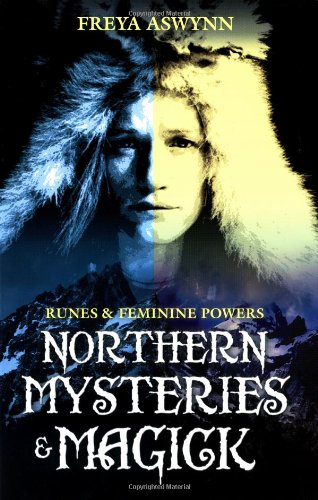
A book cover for Northern Mysteries and Magick: Runes & Feminine Powers; Freya Aswynn; History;